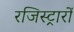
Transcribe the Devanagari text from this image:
रजिस्ट्रारों